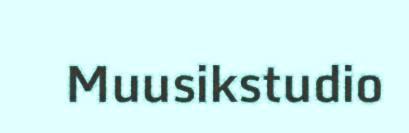
Muusikstudio